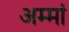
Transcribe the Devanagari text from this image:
अम्‍मां